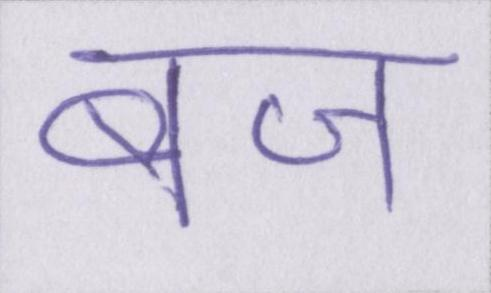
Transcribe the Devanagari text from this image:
बज